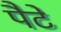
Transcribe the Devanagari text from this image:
पैटे